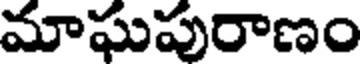
మాఘపురాణం